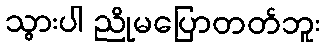
သွားပါ ညိုမပြောတတ်ဘူး